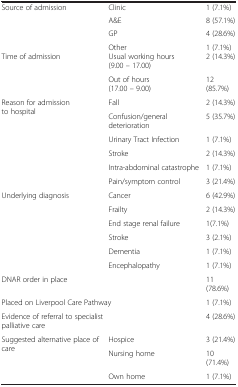
<table><thead><tr><td colspan="3"><b> </b></td></tr></thead><tbody><tr><td rowspan="3">Source of admission</td><td>Clinic</td><td>1 (7.1%)</td></tr><tr><td>A&amp;E</td><td>8 (57.1%)</td></tr><tr><td>GP</td><td>4 (28.6%)</td></tr><tr><td> </td><td>Other</td><td>1 (7.1%)</td></tr><tr><td rowspan="2">Time of admission</td><td>Usual working hours (9.00 – 17.00)</td><td>2 (14.3%)</td></tr><tr><td>Out of hours (17.00 – 9.00)</td><td>12 (85.7%)</td></tr><tr><td rowspan="6">Reason for admission to hospital</td><td>Fall</td><td>2 (14.3%)</td></tr><tr><td>Confusion/general deterioration</td><td>5 (35.7%)</td></tr><tr><td>Urinary Tract Infection</td><td>1 (7.1%)</td></tr><tr><td>Stroke</td><td>2 (14.3%)</td></tr><tr><td>Intra-abdominal catastrophe</td><td>1 (7.1%)</td></tr><tr><td>Pain/symptom control</td><td>3 (21.4%)</td></tr><tr><td rowspan="6">Underlying diagnosis</td><td>Cancer</td><td>6 (42.9%)</td></tr><tr><td>Frailty</td><td>2 (14.3%)</td></tr><tr><td>End stage renal failure</td><td>1(7.1%)</td></tr><tr><td>Stroke</td><td>3 (2.1%)</td></tr><tr><td>Dementia</td><td>1 (7.1%)</td></tr><tr><td>Encephalopathy</td><td>1 (7.1%)</td></tr><tr><td colspan="2">DNAR order in place</td><td>11 (78.6%)</td></tr><tr><td colspan="2">Placed on Liverpool Care Pathway</td><td>1 (7.1%)</td></tr><tr><td colspan="2">Evidence of referral to specialist palliative care</td><td>4 (28.6%)</td></tr><tr><td rowspan="2">Suggested alternative place of care</td><td>Hospice</td><td>3 (21.4%)</td></tr><tr><td>Nursing home</td><td>10 (71.4%)</td></tr><tr><td> </td><td>Own home</td><td>1 (7.1%)</td></tr></tbody></table>